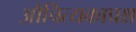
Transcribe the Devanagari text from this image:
औचित्यकाप्रश्न